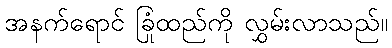
အနက်ရောင် ခြုံထည်ကို လွှမ်းလာသည်။